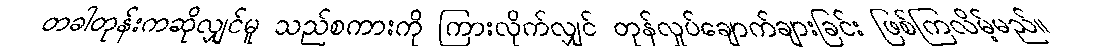
တခါတုန်းကဆိုလျှင်မူ သည်စကားကို ကြားလိုက်လျှင် တုန်လှုပ်ချောက်ချားခြင်း ဖြစ်ကြလိမ့်မည်။